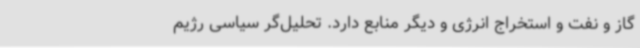
گاز و نفت و استخراج انرژی و دیگر منابع دارد. تحلیل‌گر سیاسی رژیم